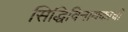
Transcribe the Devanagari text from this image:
सिद्धिविनायकाची